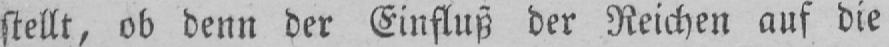
stellt, ob denn der Einfluß der Reichen auf die